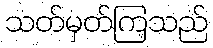
သတ်မှတ်ကြသည်